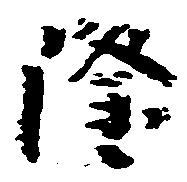
隆